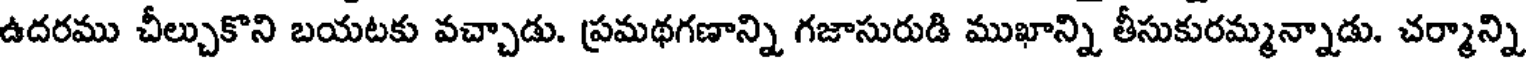
ఉదరము చీల్చుకొని బయటకు వచ్చాడు. ప్రమథగణాన్ని గజాసురుడి ముఖాన్ని తీసుకురమ్మన్నాడు. చర్మాన్ని